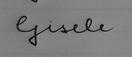
Signature authenticity: forged